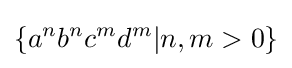
\{a^{n}b^{n}c^{m}d^{m}|n,m>0\}